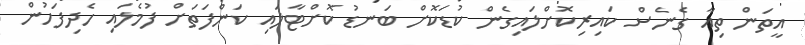
އީތަން ތިއާ ގެނެސް ކައިރިކޮށްލައިގެން ކުޑަކޮށް ބަނޑު ކޮށްޓާލައި ކަންފަތަށް ފުމެލައި ހެދިފަހުން